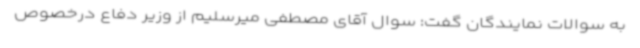
به سوالات نمایندگان گفت: سوال آقای مصطفی میرسلیم از وزیر دفاع درخصوص